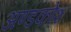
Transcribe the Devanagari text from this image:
अण्डकोश